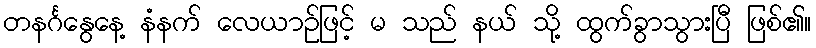
တနင်္ဂနွေနေ့ နံနက် လေယာဉ်ဖြင့် မ သည် နယ် သို့ ထွက်ခွာသွားပြီ ဖြစ်၏။